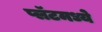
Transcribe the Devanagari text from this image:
प्लॅटमध्ये